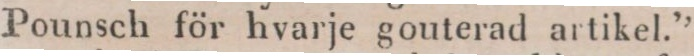
Pounsch för hvarje gouterad artikel.”